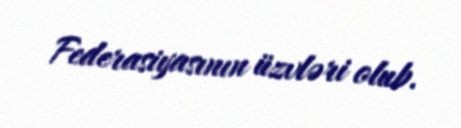
Federasiyasının üzvləri olub.